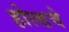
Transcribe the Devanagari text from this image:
होल्डचे